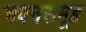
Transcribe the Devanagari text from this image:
भवनसमूह